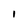
Character: i